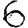
Digit: 6